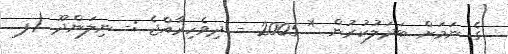
ގެ ނަމަށް ބަދަލުކުރުން * 2005 - ދިވެހިރާއްޖެ :- ނިލަންދޫ (ފ.